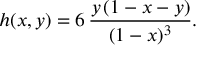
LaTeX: h ( x , y ) = 6 \, \frac { y \, ( 1 - x - y ) } { ( 1 - x ) ^ { 3 } } .